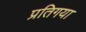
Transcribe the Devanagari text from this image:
प्रतिगया